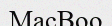
МасВоо